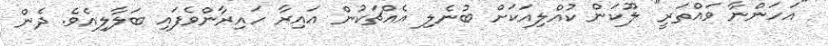
"އަހަންނާ ވައްތަރީ" ލޫކަން ކުއްލިއަކަށް ބުނެލި އެއްޗަކުން އައިރާ ހައިރާންވެފައި ބަލާލިއެވެ. ދެން